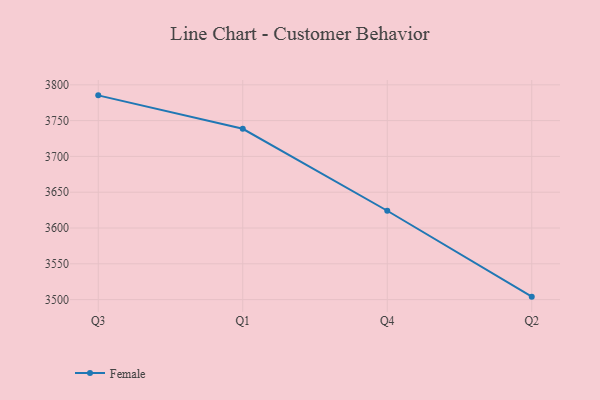
{"axis": {"x": "Quarter", "y": "Budget (USD K)"}, "legend": ["Female"], "data": [{"x": "Q3", "y": 3785.3, "type": "Female"}, {"x": "Q1", "y": 3738.6, "type": "Female"}, {"x": "Q4", "y": 3624.1, "type": "Female"}, {"x": "Q2", "y": 3504.1, "type": "Female"}]}